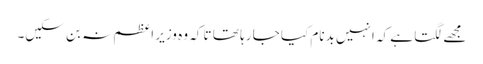
مجھے لگتا ہے کہ انہیں بدنام کیا جا رہا تھا تا کہ وہ وزیر اعظم نہ بن سکیں۔